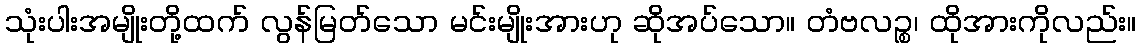
သုံးပါးအမျိုးတို့ထက် လွန်မြတ်သော မင်းမျိုးအားဟု ဆိုအပ်သော။ တံဗလဉ္စ၊ ထိုအားကိုလည်း။